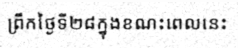
ព្រឹកថ្ងៃទី២៨ក្នុងខណះពេលនេះ